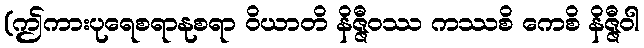
(ဤကားပုရေစရာနုစရာ ဝိယာတိ နိဇ္ဇီဝဿ ကဿစိ ကေစိ နိဇ္ဇီဝါ